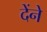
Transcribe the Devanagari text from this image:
देंने